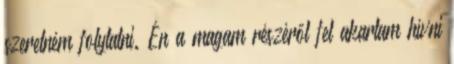
szeretném folytatni. Én a magam részéről fel akartam hívni